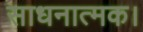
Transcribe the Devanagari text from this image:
साधनात्मक।